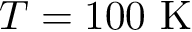
T = 1 0 0 ~ \mathrm { { K } }